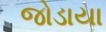
જોડાયા